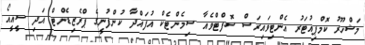
މަޝްހޫރު ކޮމްޕިއުޓަރު އެންޓިވައިރަސް ސޮފްޓްވެއާ ސިމެންޓެކް އުފައްދާ ކުންފުނީގެ ޕްރެޒިޑެންޓް އަދި ސީއީއޯ